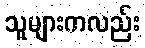
သူများကလည်း